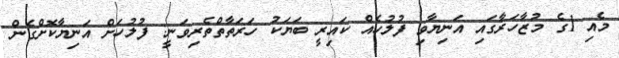
މެއި 1ގެ މުޒާހަރާގައި އަނިޔާވި ފުލުހެއް ކައިރީ ބަޔަކު ހަރަތާތްތެރިވަނީ: ފުލުހަށް އަނިޔާކޮށްގެން